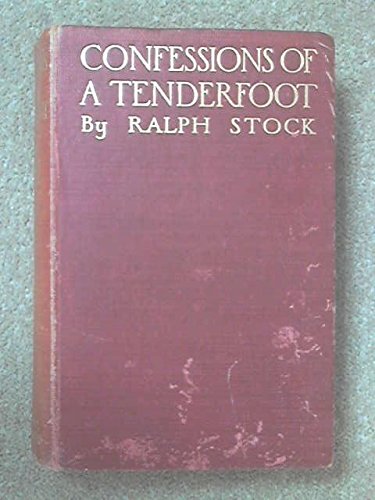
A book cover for The confessions of a tenderfoot,: Being a true and unvarnished account of his world-wanderings,; Ralph Stock; Travel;